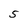
Character: 5